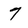
Character: 7